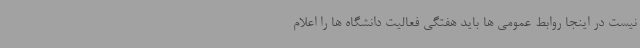
نیست در اینجا روابط عمومی ها باید هفتگی فعالیت دانشگاه ها را اعلام